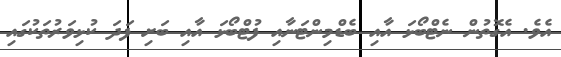
އެވެ. އެގޮތުން ނެޓްބޯޅަ އާއި ބެޑްމިންޓަނާއި ފުޓްބޯޅަ އާއި ބަށި ފަދަ ކުޅިވަރުތަކުގައި